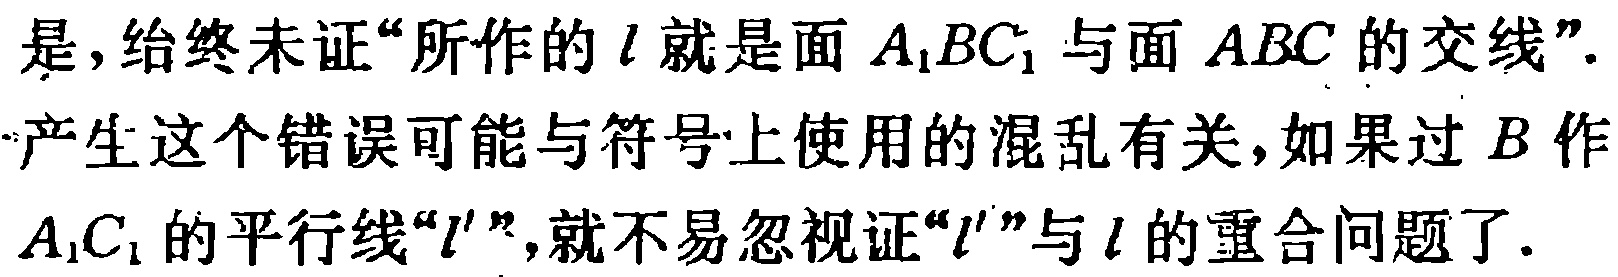
是，给终未证“所作的 \(l\) 就是面 \(A_{1}BC_{1}\) 与面 \(ABC\) 的交线”.

产生这个错误可能与符号上使用的混乱有关，如果过 \(B\) 作 \(A_{1}C_{1}\) 的平行线“\(l'\)”，就不易忽视证“\(l'\)”与 \(l\) 的重合问题了.